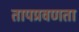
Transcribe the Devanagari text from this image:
तापप्रवणता